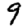
Digit: 9